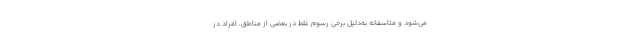
می‌شود و متاسفانه به‌دلیل برخی رسوم غلط در بعضی از مناطق، افراد در